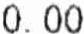
0.00